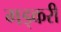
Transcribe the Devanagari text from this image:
गड्करी